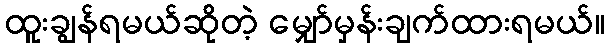
ထူးချွန်ရမယ်ဆိုတဲ့ မျှော်မှန်းချက်ထားရမယ်။